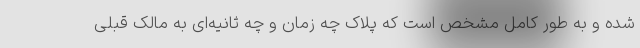
شده و به طور کامل مشخص است که پلاک چه زمان و چه ثانیه‌ای به مالک قبلی